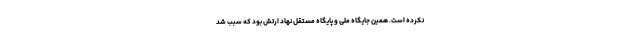
نکرده است. همین جایگاه ملی و پایگاه مستقل نهاد ارتش بود که سبب شد